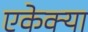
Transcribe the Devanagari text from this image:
एकेक्या